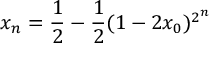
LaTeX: x _ { n } = { \frac { 1 } { 2 } } - { \frac { 1 } { 2 } } ( 1 - 2 x _ { 0 } ) ^ { 2 ^ { n } }